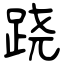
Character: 跷